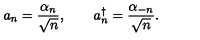
a _ { n } = \frac { \alpha _ { n } } { \sqrt { n } } , \qquad a _ { n } ^ { \dag } = \frac { \alpha _ { - n } } { \sqrt { n } } .